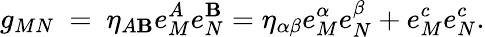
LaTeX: g_{MN}~=~\eta_{A\mathbf{B}}e_{M}^{A}e_{N}^{\mathbf{B}}=\eta_{\alpha\beta}e_{M}^{\alpha}e_{N}^{\beta}+e_{M}^{c}e_{N}^{c}.